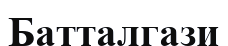
Батталгази